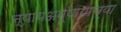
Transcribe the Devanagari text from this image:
न्यायअन्यायाच्या